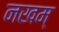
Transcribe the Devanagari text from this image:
नखम्